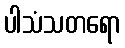
ပါသံသတရော